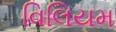
વિલિયમ